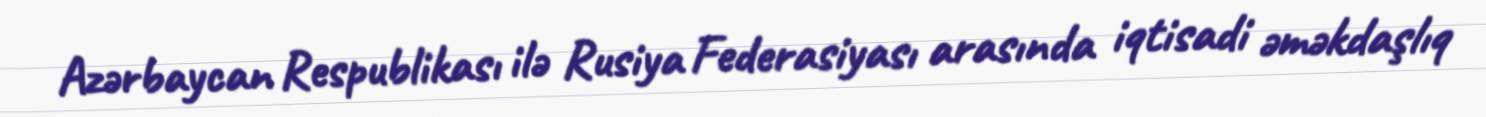
Azərbaycan Respublikası ilə Rusiya Federasiyası arasında iqtisadi əməkdaşlıq